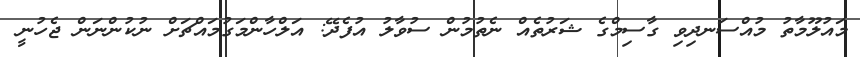
މައުލޫމާތު މުއްސަނދިވި ގާސިމްގެ ޝަރުތެއް ނެތުމުން ސުވާލު އުފެދޭ: އަލްހާންމަގުމައްޗަށް ނުކުންނަން ޖެހުނީ